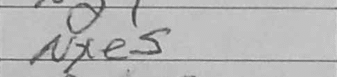
Transcription: Nxe5